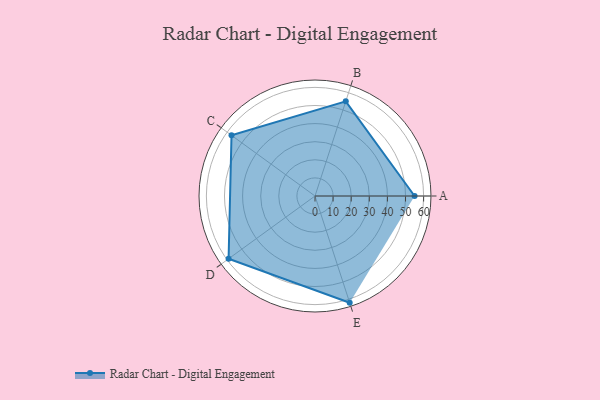
{"axis": {"x": "Skill", "y": "Score"}, "legend": ["Profile"], "data": [{"x": "A", "y": 55.0, "type": "Profile"}, {"x": "B", "y": 55.0, "type": "Profile"}, {"x": "C", "y": 57.0, "type": "Profile"}, {"x": "D", "y": 59.0, "type": "Profile"}, {"x": "E", "y": 62.0, "type": "Profile"}]}